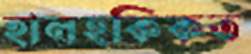
হালহকিকত